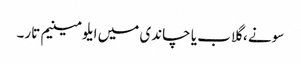
سونے ، گلاب یا چاندی میں ایلومینیم تار۔